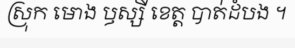
ស្រុក មោង ឫស្សី ខេត្ត បាត់ដំបង ។